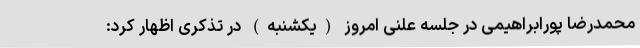
محمدرضا پورابراهیمی در جلسه علنی امروز (یکشنبه) در تذکری اظهار کرد: